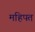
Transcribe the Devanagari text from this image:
महिपत